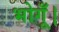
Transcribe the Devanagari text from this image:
भोगूँ।